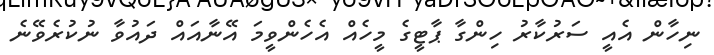
ނިހާން އެއީ ސަރުކާރު ހިންގާ ޕާޓީގެ މީހެއް އެހެންވީމަ އޭނާއައް ދައުވާ ނުކުރެވޭނެ